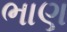
ભાણ